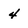
Character: 4